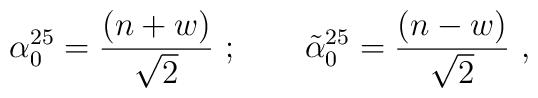
\alpha^{25}_0 = {(n+w)\over\sqrt{2}}\ ;\qquad {\tilde\alpha}^{25}_0={(n-w)\over\sqrt{2}}\ ,